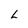
Character: L